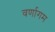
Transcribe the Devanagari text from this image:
वर्णागम